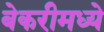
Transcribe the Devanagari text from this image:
बेकरीमध्ये